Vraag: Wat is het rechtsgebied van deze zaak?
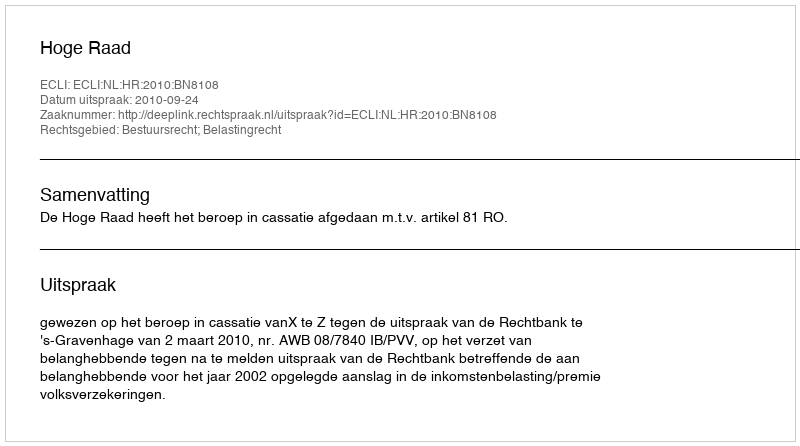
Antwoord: Bestuursrecht; Belastingrecht